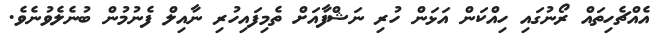
އެއްޗެހިތައް ރޯނުގައި ހިއްކަން އަޅަން ހުރި ނަޝްފާއަށް ތެމިފައިހުރި ނާއިލް ފެނުމުން ބުނެލެވުނެވެ.